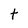
Character: t